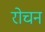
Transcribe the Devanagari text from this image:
रोचन